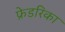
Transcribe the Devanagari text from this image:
फ्रेडरिका